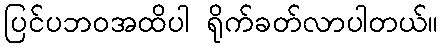
ပြင်ပဘဝအထိပါ ရိုက်ခတ်လာပါတယ်။